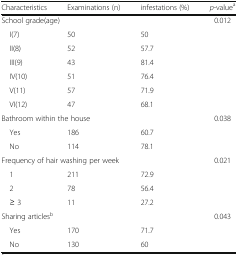
| Characteristics | Examinations (n) | infestations (%) | p-valuea |
 | --- | --- | --- | --- |
 | <COLSPAN=3> School grade(age) | <ROWSPAN=7> 0.012 |
 | I(7) | 50 | 50 |
 | II(8) | 52 | 57.7 |
 | III(9) | 43 | 81.4 |
 | IV(10) | 51 | 76.4 |
 | V(11) | 57 | 71.9 |
 | VI(12) | 47 | 68.1 |
 | <COLSPAN=3> Bathroom within the house | <ROWSPAN=3> 0.038 |
 | Yes | 186 | 60.7 |
 | No | 114 | 78.1 |
 | <COLSPAN=3> Frequency of hair washing per week | <ROWSPAN=4> 0.021 |
 | 1 | 211 | 72.9 |
 | 2 | 78 | 56.4 |
 | ≥ 3 | 11 | 27.2 |
 | <COLSPAN=3> Sharing articlesb | <ROWSPAN=3> 0.043 |
 | Yes | 170 | 71.7 |
 | No | 130 | 60 |